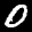
Label: 0